Indian journal of veterinary science and animal husbandry - Volumes 24-25, 1954-1955
Year: 1954
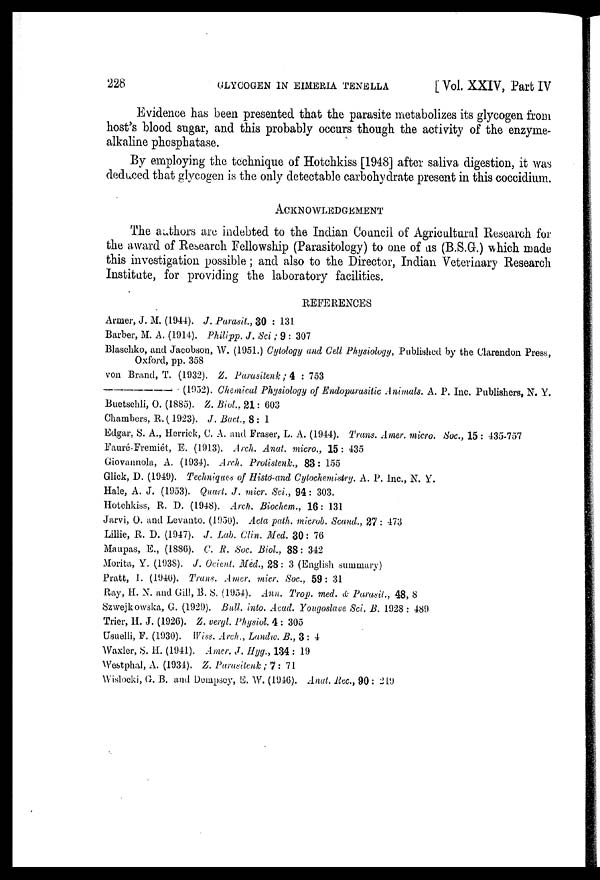
228
GLYCOGEN IN EIMERIA TENELLA
[ Vol. XXIV, Part IV
Evidence has been presented that the parasite metabolizes its glycogen from
host's blood sugar, and this probably occurs though the activity of the enzyme-
alkaline phosphatase.
By employing the technique of Hotchkiss [1948] after saliva digestion, it was
deduced that glycogen is the only detectable carbohydrate present in this coccidium.
ACKNOWLEDGEMENT
The authors are indebted to the Indian Council of Agricultural Research for
the award of Research Fellowship (Parasitology) to one of as (B.S.G.) which made
this investigation possible; and also to the Director, Indian Veterinary Research
Institute, for providing the laboratory facilities.
REFERENCES
Armer, J. M. (1944). J. Parasit., 30 : 131
Barber, M. A. (1914). Philipp. J. Sci; 9 : 307
Blaschko, and Jacobson, W. (1951.) Cytology and Cell Physiology, Published by the Clarendon Press,
Oxford, pp. 358
von Brand, T. (1932). Z. Parasitenk; 4 : 753
—
(1952). Chemical Physiology of Endoparasitic Animals. A. P. Inc. Publishers, N. Y.
Buetschli, O. (1885). Z. Biol., 21: 603
Chambers, R. (1923). J. Bact., 8 : 1
Edgar, S. A., Herrick, C. A. and Fraser, L. A. (1944). Trans. Amer. micro. Soc., 15 : 435-757
Fauré-Fremiét, E. (1913). Arch. Anat. micro., 15: 435
Giovannola, A. (1934). Arch. Protistenk., 83: 155
Glick, D. (1949). Techniques of Histo-and Cytochemistry. A. P. Inc., N. Y.
Hale, A. J. (1953). Quart. J. micr. Sci., 94 : 303.
Hotchkiss, R. D. (1948). Arch. Biochem., 16: 131
Jarvi, O. and Levanto. (1950). Acta path. microb. Scand., 27 : 473
Lillie, R. D. (1947). J. Lab. Clin. Med. 30 : 76
Maupas, E., (1886). C. R. Soc. Biol., 88: 342
Morita, Y. (1938). J. Ocient. Med., 28: 3 (English summary)
Pratt, I. (1940). Trans. Amer. micr. Soc., 59: 31
Ray, H. N. and Gill, B. S. (1954). Ann. Trop. med. & Parasit., 48, 8
Szwejkowska, G. (1929). Bull. into. Acad. Yougoslave Sci. B. 1928 : 489
Trier, H. J. (1926). Z. vergl. Physiol. 4 : 305
Usuelli, F. (1930). Wiss. Arch., Landw. B., 3: 4
Waxler, S. H. (1941). Amer. J. Hyg., 134 : 19
Westphal, A. (1934). Z. Parasitenk ; 7 : 71
Wislocki, G. B. and Dempsey, E. W. (1946). Anat. Rec., 90 : 219